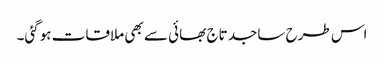
اس طرح ساجد تاج بھائی سے بھی ملاقات ہوگئی۔